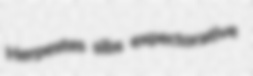
Herpestes sibs expectorative